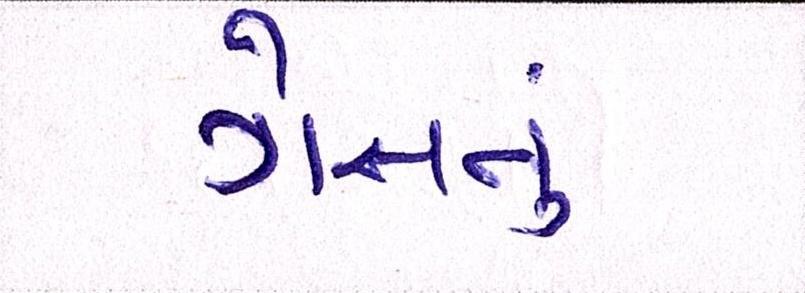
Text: ગેસનું